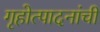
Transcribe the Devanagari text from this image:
गृहोत्पादनांची